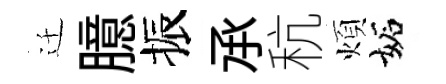
迁臆振𠄘秔煩妬